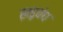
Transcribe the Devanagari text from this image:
ख़ड्गबंध